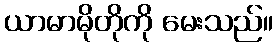
ယာမာမိုတိုကို မေးသည်။